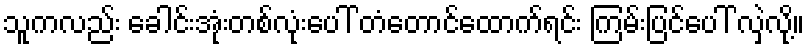
သူကလည်း ခေါင်းအုံးတစ်လုံးပေါ် တံတောင်ထောက်ရင်း ကြမ်းပြင်ပေါ် လှဲလို့။